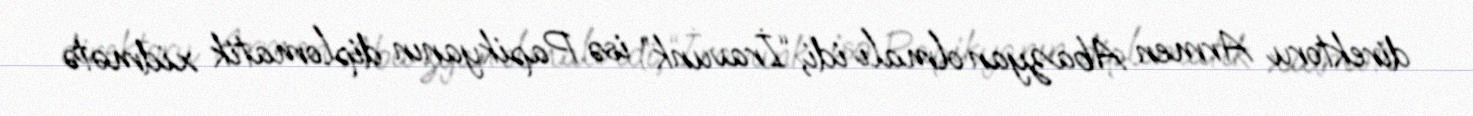
direktoru Armen Abazyan olmalı idi, “İravunk” isə Papikyanın diplomatik xidmətə